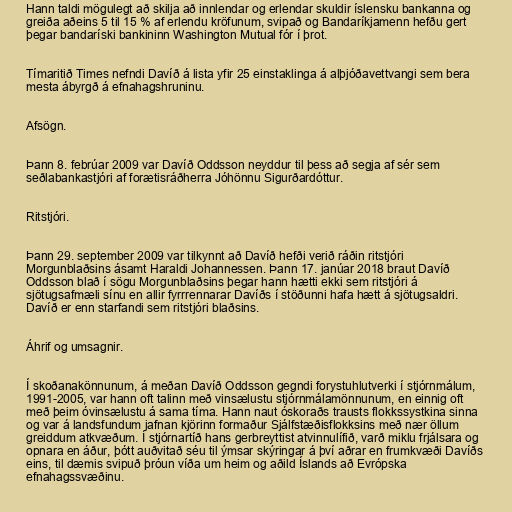
Hann taldi mögulegt að skilja að innlendar og erlendar skuldir íslensku bankanna og
greiða aðeins 5 til 15 % af erlendu kröfunum, svipað og Bandaríkjamenn hefðu gert
þegar bandaríski bankininn Washington Mutual fór í þrot.

Tímaritið Times nefndi Davíð á lista yfir 25 einstaklinga á alþjóðavettvangi sem bera
mesta ábyrgð á efnahagshruninu.

Afsögn.

Þann 8. febrúar 2009 var Davíð Oddsson neyddur til þess að segja af sér sem
seðlabankastjóri af forætisráðherra Jóhönnu Sigurðardóttur.

Ritstjóri.

Þann 29. september 2009 var tilkynnt að Davíð hefði verið ráðin ritstjóri
Morgunblaðsins ásamt Haraldi Johannessen. Þann 17. janúar 2018 braut Davíð
Oddsson blað í sögu Morgunblaðsins þegar hann hætti ekki sem ritstjóri á
sjötugsafmæli sínu en allir fyrrrennarar Davíðs í stöðunni hafa hætt á sjötugsaldri.
Davíð er enn starfandi sem ritstjóri blaðsins.

Áhrif og umsagnir.

Í skoðanakönnunum, á meðan Davíð Oddsson gegndi forystuhlutverki í stjórnmálum,
1991-2005, var hann oft talinn með vinsælustu stjórnmálamönnunum, en einnig oft
með þeim óvinsælustu á sama tíma. Hann naut óskoraðs trausts flokkssystkina sinna
og var á landsfundum jafnan kjörinn formaður Sjálfstæðisflokksins með nær öllum
greiddum atkvæðum. Í stjórnartíð hans gerbreyttist atvinnulífið, varð miklu frjálsara og
opnara en áður, þótt auðvitað séu til ýmsar skýringar á því aðrar en frumkvæði Davíðs
eins, til dæmis svipuð þróun víða um heim og aðild Íslands að Evrópska
efnahagssvæðinu.